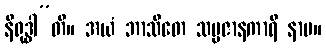
နိရုဒ္ဓါ”တိ။ အယံ ဘာသိတေ သမ္ပဇာနကာရီ နာမ။